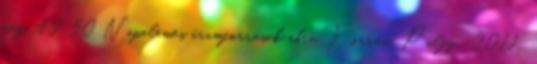
meg. 49 50 Napelemes áramforrások ábra. Forrás: Pálfy, 2011